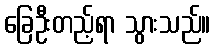
ခြေဦးတည့်ရာ သွားသည်။